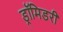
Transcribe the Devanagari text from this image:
ड्रॉमिडरी